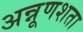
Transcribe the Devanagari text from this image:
अन्नूणशता